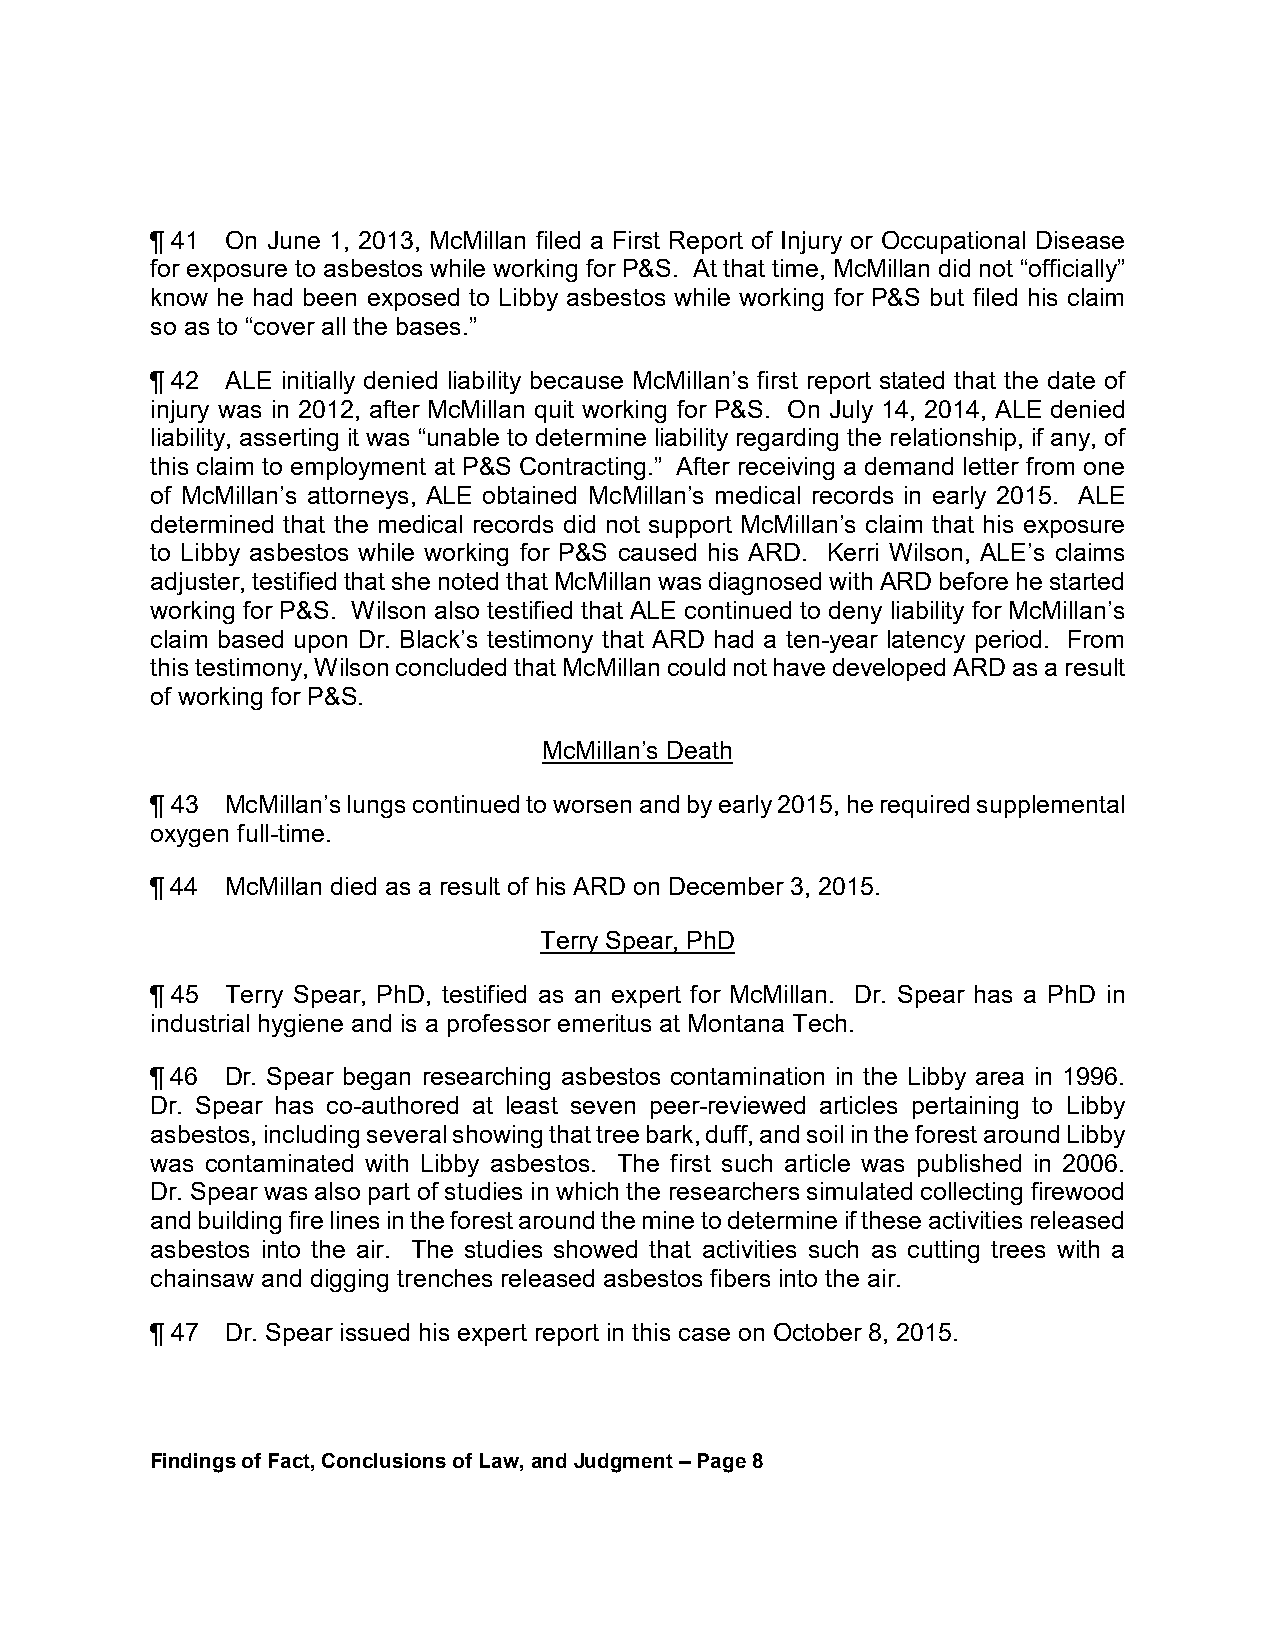
¶ 41 On June 1, 2013, McMillan filed a First Report of Injury or Occupational Disease
 for exposure to asbestos while working for P&S. At that time, McMillan did not “officially”
 know he had been exposed to Libby asbestos while working for P&S but filed his claim
 so as to “cover all the bases.”
 ¶ 42 ALE initially denied liability because McMillan’s first report stated that the date of
 injury was in 2012, after McMillan quit working for P&S. On July 14, 2014, ALE denied
 liability, asserting it was “unable to determine liability regarding the relationship, if any, of
 this claim to employment at P&S Contracting.” After receiving a demand letter from one
 of McMillan’s attorneys, ALE obtained McMillan’s medical records in early 2015. ALE
 determined that the medical records did not support McMillan’s claim that his exposure
 to Libby asbestos while working for P&S caused his ARD. Kerri Wilson, ALE’s claims
 adjuster, testified that she noted that McMillan was diagnosed with ARD before he started
 working for P&S. Wilson also testified that ALE continued to deny liability for McMillan’s
 claim based upon Dr. Black’s testimony that ARD had a ten-year latency period. From
 this testimony, Wilson concluded that McMillan could not have developed ARD as a result
 of working for P&S.
 McMillan’s Death
 ¶ 43 McMillan’s lungs continued to worsen and by early 2015, he required supplemental
 oxygen full-time.
 ¶ 44 McMillan died as a result of his ARD on December 3, 2015.
 Terry Spear, PhD
 ¶ 45 Terry Spear, PhD, testified as an expert for McMillan. Dr. Spear has a PhD in
 industrial hygiene and is a professor emeritus at Montana Tech.
 ¶ 46 Dr. Spear began researching asbestos contamination in the Libby area in 1996.
 Dr. Spear has co-authored at least seven peer-reviewed articles pertaining to Libby
 asbestos, including several showing that tree bark, duff, and soil in the forest around Libby
 was contaminated with Libby asbestos. The first such article was published in 2006.
 Dr. Spear was also part of studies in which the researchers simulated collecting firewood
 and building fire lines in the forest around the mine to determine if these activities released
 asbestos into the air. The studies showed that activities such as cutting trees with a
 chainsaw and digging trenches released asbestos fibers into the air.
 ¶ 47 Dr. Spear issued his expert report in this case on October 8, 2015.
 Findings of Fact, Conclusions of Law, and Judgment – Page 8